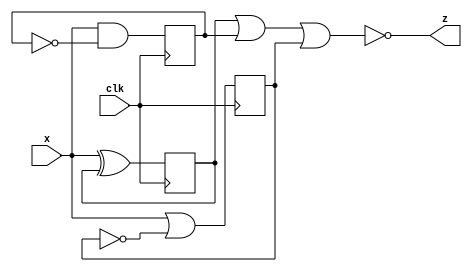
module top_module (
    input clk,
    input x,
    output z
); 
    reg r1, r2, r3;
    always @(posedge clk)begin
        r1 <= x ^ r1;
        r2 <= x & (~r2);
        r3 <= x | (~r3);
    end
    assign z = ~(r1|r2|r3);
endmodule